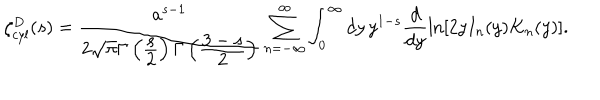
LaTeX: \zeta _ { c y l } ^ { D } ( s ) = \frac { a ^ { s - 1 } } { 2 \sqrt { \pi } \Gamma \left( \frac { \displaystyle s } { \displaystyle 2 } \right) \Gamma \left( \frac { \displaystyle 3 - s } { \displaystyle 2 } \right) } \sum _ { n = - \infty } ^ { \infty } \int _ { 0 } ^ { \infty } d y \, y ^ { 1 - s } \frac { d } { d y } \ln \left[ 2 y I _ { n } ( y ) K _ { n } ( y ) \right] .